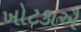
ખોટકાઐ